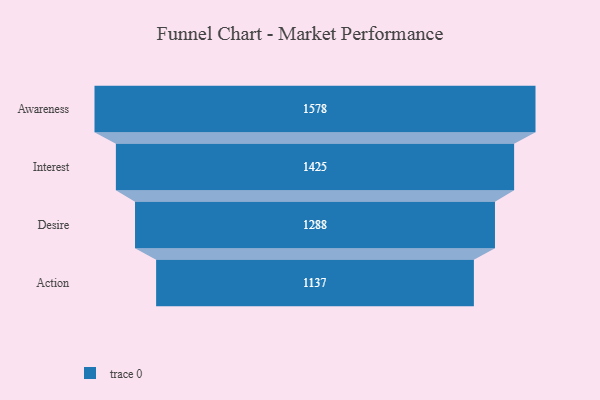
{"axis": {"x": "Stage", "y": "Value"}, "legend": [""], "data": [{"x": "Awareness", "y": 1578.0, "type": ""}, {"x": "Interest", "y": 1425.0, "type": ""}, {"x": "Desire", "y": 1288.0, "type": ""}, {"x": "Action", "y": 1137.0, "type": ""}]}